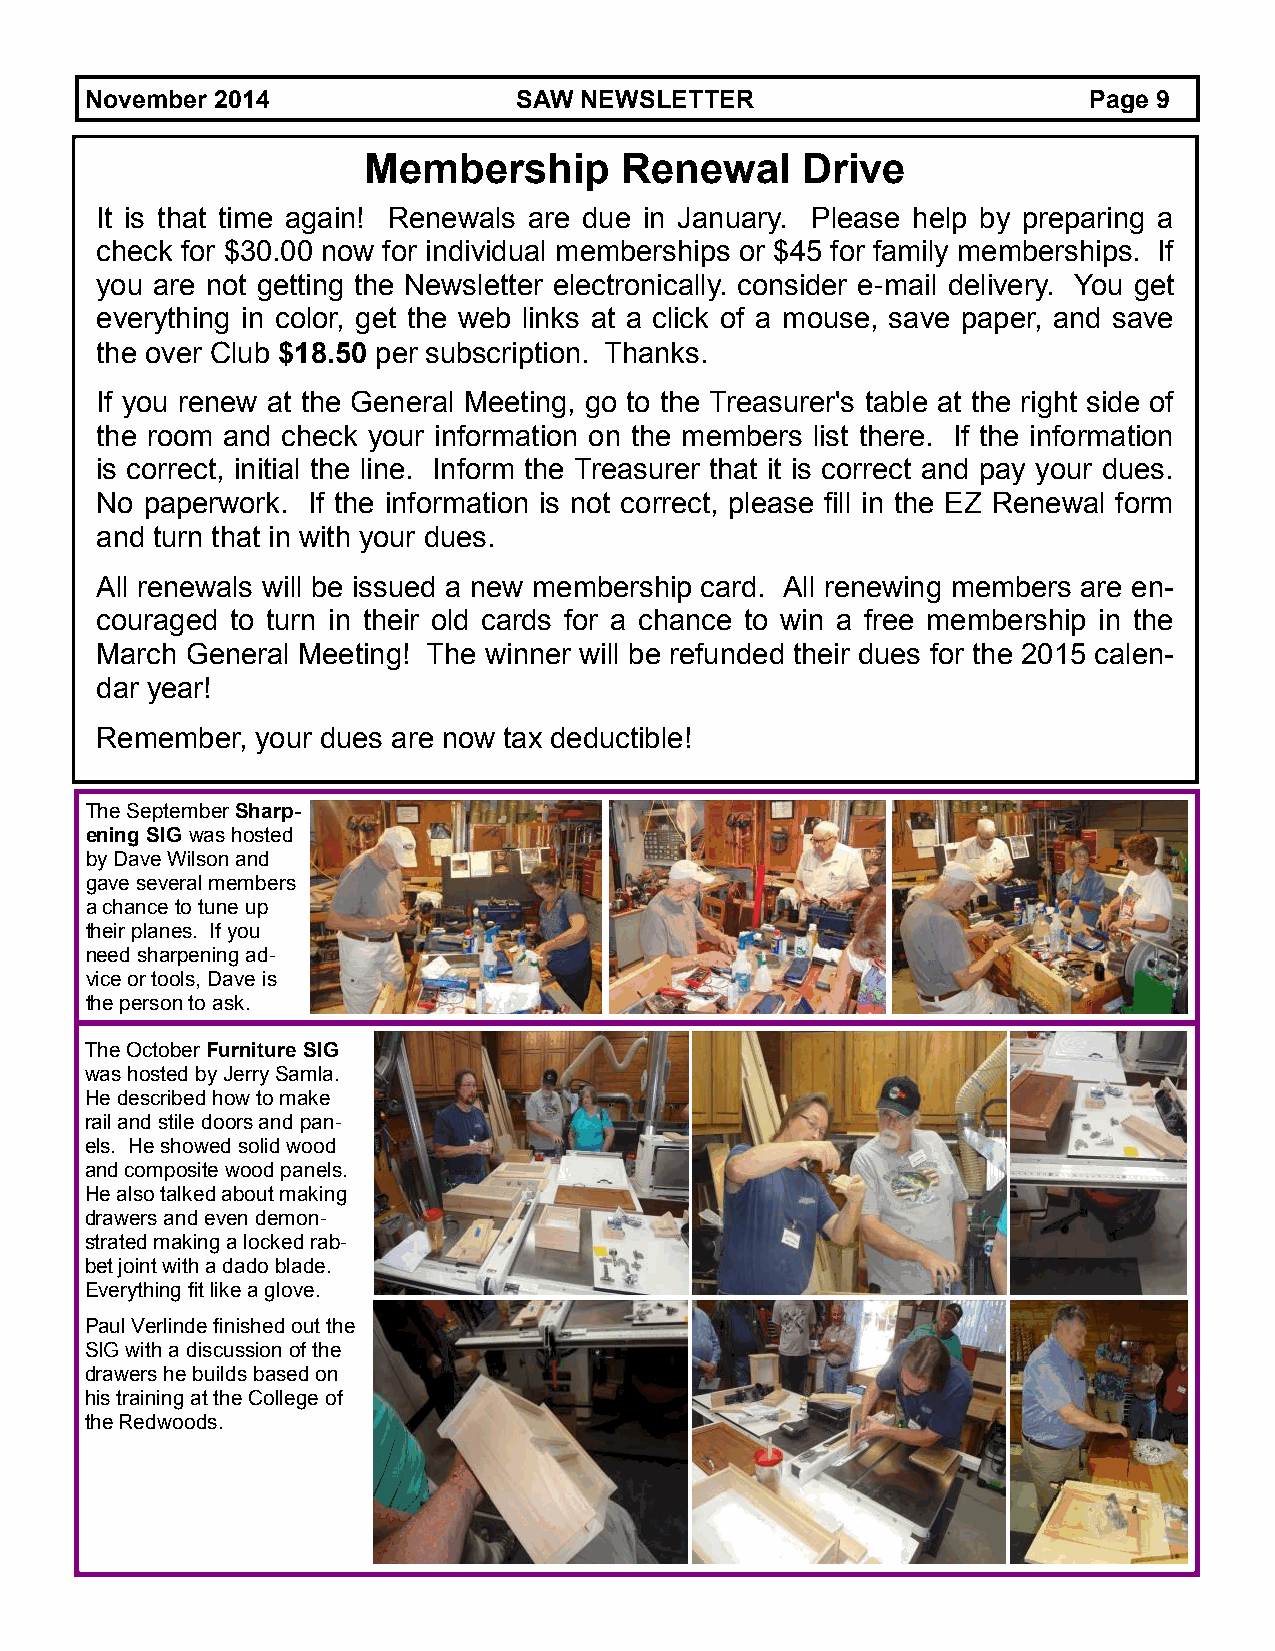
November 2014               SAW NEWSLETTER                        Page 9
 Membership       Renewal     Drive
 It is that time again! Renewals are due in January. Please help by preparing a
 check for $30.00 now for individual memberships or $45 for family memberships. If
 you are not getting the Newsletter electronically. consider e-mail delivery. You get
 everything in color, get the web links at a click of a mouse, save paper, and save
 the over Club $18.50 per subscription. Thanks.
 If you renew at the General Meeting, go to the Treasurer's table at the right side of
 the room and check your information on the members list there. If the information
 is correct, initial the line. Inform the Treasurer that it is correct and pay your dues.
 No  paperwork. If the information is not correct, please fill in the EZ Renewal form
 and turn that in with your dues.
 All renewals will be issued a new membership card. All renewing members are en-
 couraged to turn in their old cards for a chance to win a free membership in the
 March General Meeting! The winner will be refunded their dues for the 2015 calen-
 dar year!
 Remember,  your dues are now tax deductible!
 The September Sharp-
 ening SIG was hosted
 by Dave Wilson and
 gave several members
 a chance to tune up
 their planes. If you
 need sharpening ad-
 vice or tools, Dave is
 the person to ask.
 The October Furniture SIG
 was hosted by Jerry Samla.
 He described how to make
 rail and stile doors and pan-
 els. He showed solid wood
 and composite wood panels.
 He also talked about making
 drawers and even demon-
 strated making a locked rab-
 bet joint with a dado blade.
 Everything fit like a glove.
 Paul Verlinde finished out the
 SIG with a discussion of the
 drawers he builds based on
 his training at the College of
 the Redwoods.